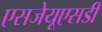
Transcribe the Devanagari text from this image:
एसजेयूएसडी